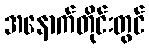
အနောက်တိုင်းတွင်